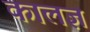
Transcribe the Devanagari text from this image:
कालज्ञं